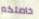
خاصتكم